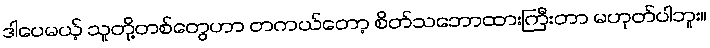
ဒါပေမယ့် သူတို့တစ်တွေဟာ တကယ်တော့ စိတ်သဘောထားကြီးတာ မဟုတ်ပါဘူး။